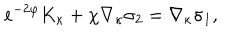
e ^ { - 2 \varphi } K _ { \kappa } + \chi \nabla _ { \kappa } \sigma _ { 2 } = \nabla _ { \kappa } \sigma _ { 1 } ,